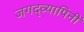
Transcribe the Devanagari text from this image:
जगद्व्यापिनीं